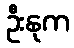
ဦးနုက